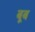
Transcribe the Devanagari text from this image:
बूब